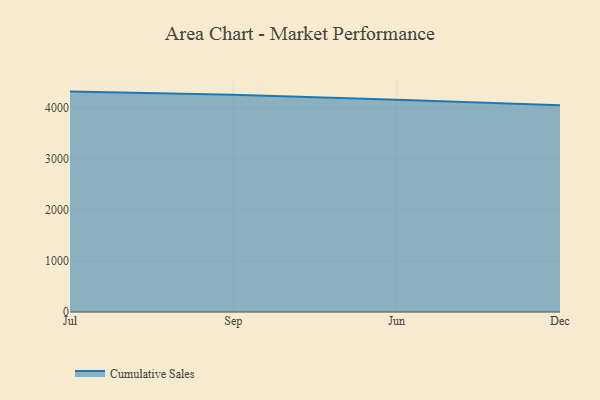
{"axis": {"x": "Month", "y": "Satisfaction Score"}, "legend": ["Cumulative Sales"], "data": [{"x": "Jul", "y": 4319.5, "type": "Cumulative Sales"}, {"x": "Sep", "y": 4258.7, "type": "Cumulative Sales"}, {"x": "Jun", "y": 4161.7, "type": "Cumulative Sales"}, {"x": "Dec", "y": 4052.4, "type": "Cumulative Sales"}]}